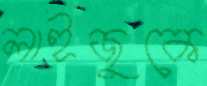
লাইজুকে